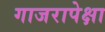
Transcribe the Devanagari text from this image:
गाजरापेक्षा